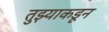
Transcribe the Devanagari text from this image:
तुझ्याकडून